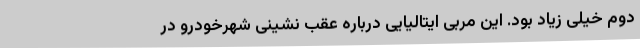
دوم خیلی زیاد بود. این مربی ایتالیایی درباره عقب نشینی شهرخودرو در